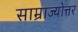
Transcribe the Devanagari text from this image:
साम्राज्योत्तर